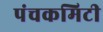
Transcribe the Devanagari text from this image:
पंचकमिटी